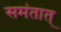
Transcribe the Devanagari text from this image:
समंतात्